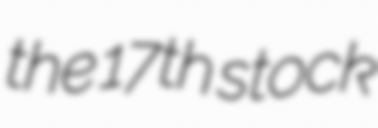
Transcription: the 17th stock